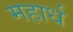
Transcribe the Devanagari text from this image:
महार्ध